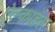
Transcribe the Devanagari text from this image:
ऐल्काहल